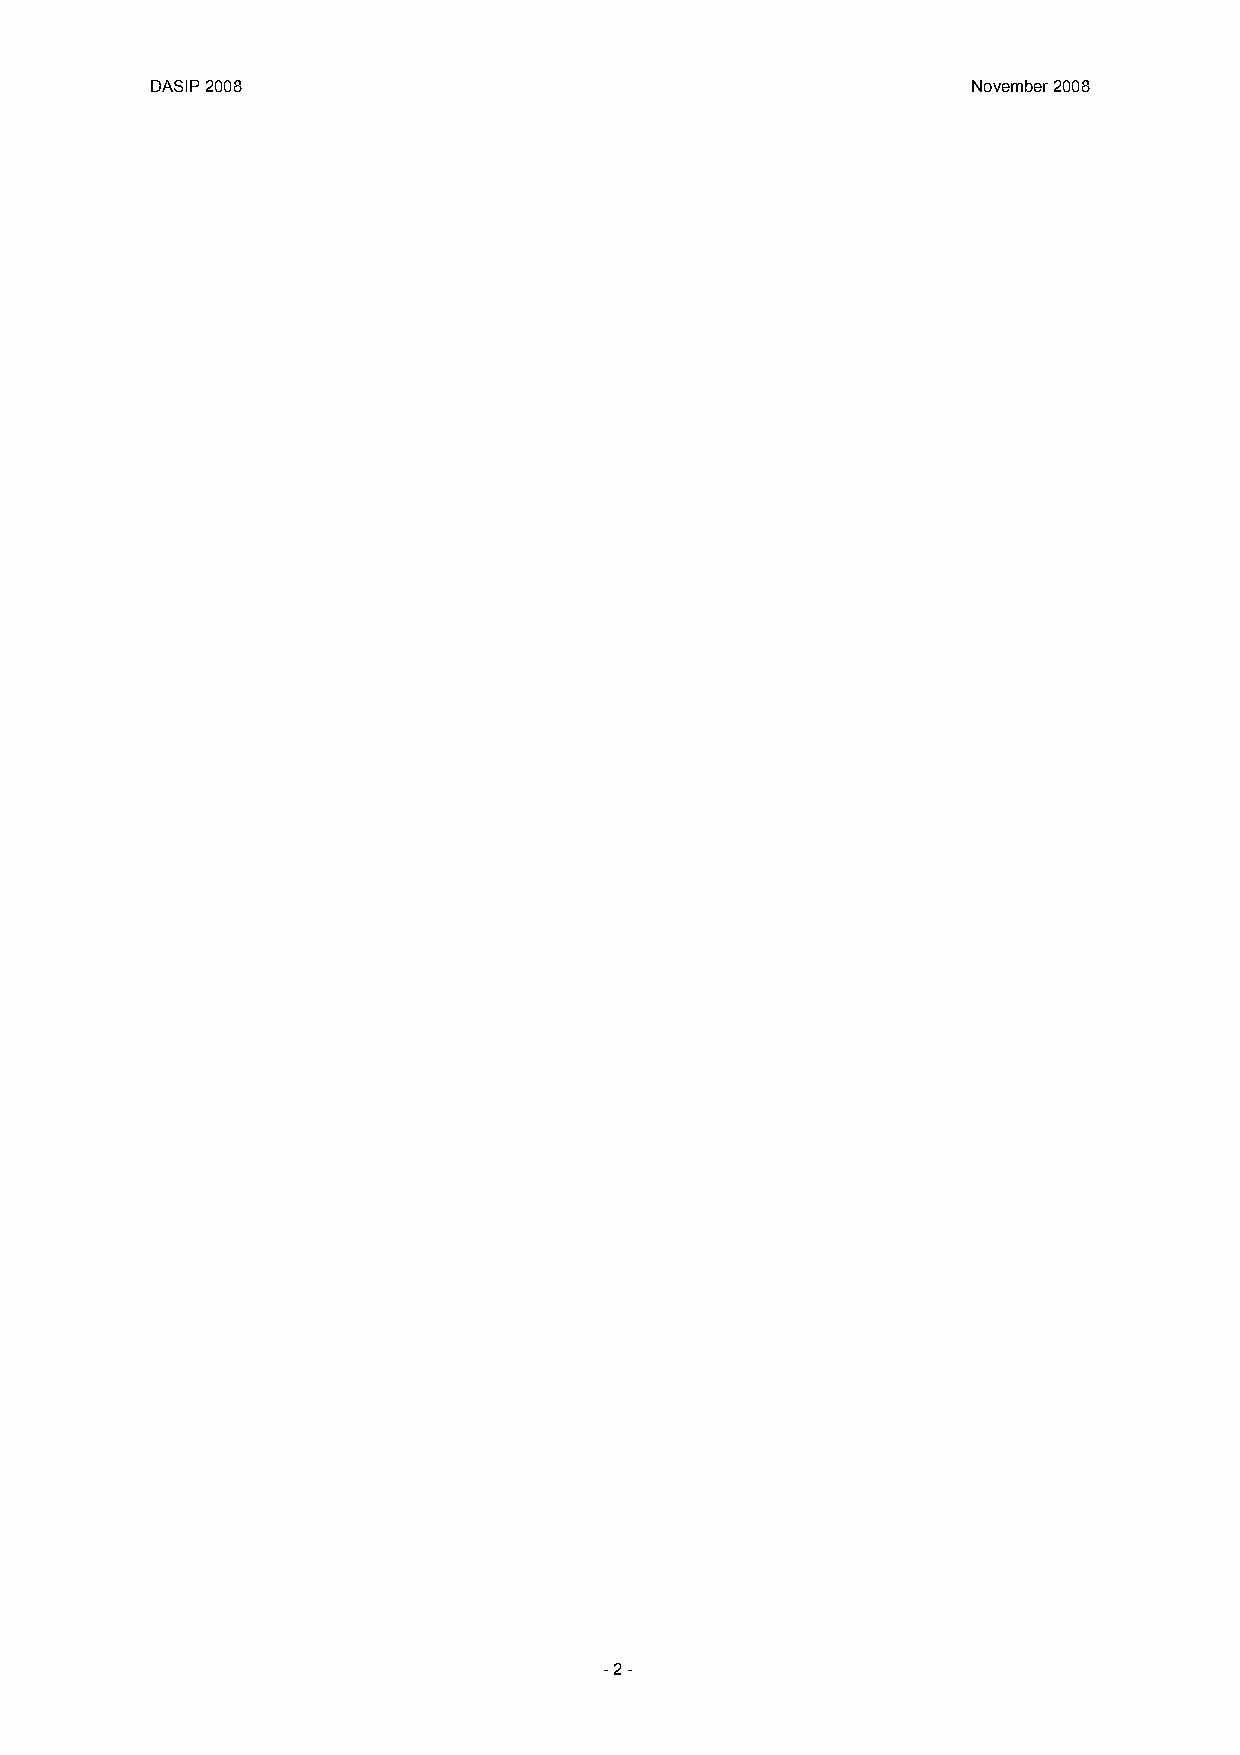
DASIP 2008                                            November 2008
 - 2 -